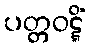
ပတ္တဝဋ္ဋိံ